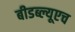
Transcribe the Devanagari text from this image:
बीडब्ल्यूएच